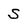
Character: S